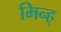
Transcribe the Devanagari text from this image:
मिन्ह्